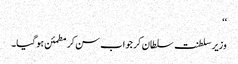
‘‘
وزیر سلطنت سلطان کر جواب سن کر مطمئن ہوگیا۔